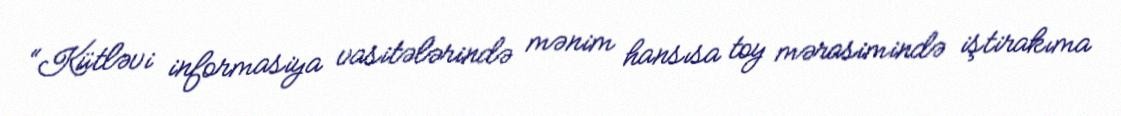
“Kütləvi informasiya vasitələrində mənim hansısa toy mərasimində iştirakıma